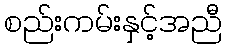
စည်းကမ်းနှင့်အညီ